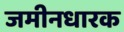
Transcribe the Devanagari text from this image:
जमीनधारक